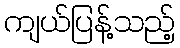
ကျယ်ပြန့်သည့်